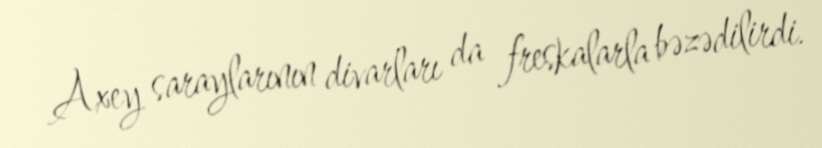
Axey saraylarının divarları da freskalarla bəzədilirdi.